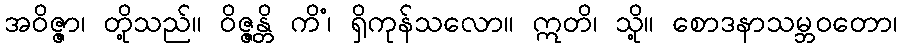
အဝိဇ္ဇာ၊ တို့သည်။ ဝိဇ္ဇန္တိ ကိံ၊ ရှိကုန်သလော။ ဣတိ၊ သို့။ စောဒနာသမ္ဘဝတော၊